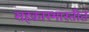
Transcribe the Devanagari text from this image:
सहकारभारतीत